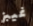
غيبز